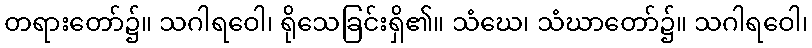
တရားတော်၌။ သဂါရဝေါ၊ ရိုသေခြင်းရှိ၏။ သံဃေ၊ သံဃာတော်၌။ သဂါရဝေါ၊